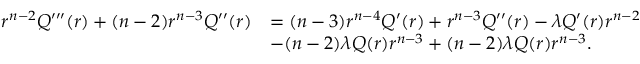
\begin{array} { r l } { r ^ { n - 2 } Q ^ { \prime \prime \prime } ( r ) + ( n - 2 ) r ^ { n - 3 } Q ^ { \prime \prime } ( r ) } & { = ( n - 3 ) r ^ { n - 4 } Q ^ { \prime } ( r ) + r ^ { n - 3 } Q ^ { \prime \prime } ( r ) - \lambda Q ^ { \prime } ( r ) r ^ { n - 2 } } \\ & { - ( n - 2 ) \lambda Q ( r ) r ^ { n - 3 } + ( n - 2 ) \lambda Q ( r ) r ^ { n - 3 } . } \end{array}